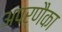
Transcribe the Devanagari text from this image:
अपर्णैका